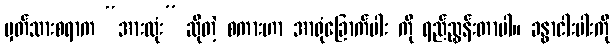
မှတ်သားစရာက “အားလုံး” ဆိုတဲ့ စကားဟာ အာရုံခြောက်ပါး ကို ရည်ညွှန်းတာပါ။ ခန္ဓာငါးပါးကို